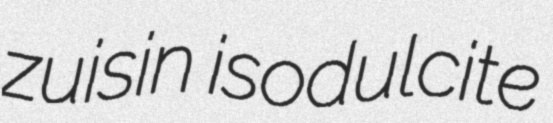
zuisin isodulcite